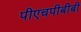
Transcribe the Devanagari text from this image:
पीएचपीबीबी